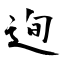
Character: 迿